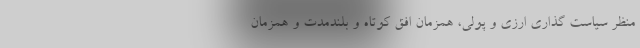
منظر سیاست گذاری ارزی و پولی، همزمان افق کوتاه و بلندمدت و همزمان